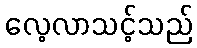
လေ့လာသင့်သည်